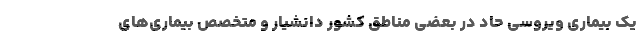
یک بیماری ویروسی حاد در بعضی مناطق کشور دانشیار و متخصص بیماری‌های